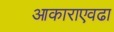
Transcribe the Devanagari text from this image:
आकाराएवढा